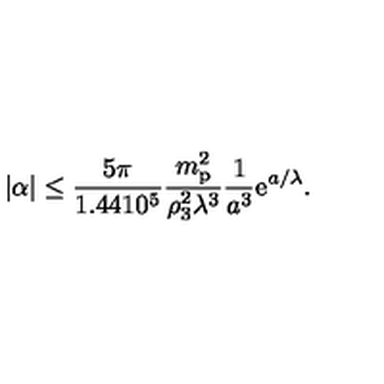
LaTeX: | \alpha | \le { \frac { 5 \pi } { 1 . 4 4 1 0 ^ { 5 } } } { \frac { m _ { \mathrm { p } } ^ { 2 } } { \rho _ { 3 } ^ { 2 } \lambda ^ { 3 } } } { \frac { 1 } { a ^ { 3 } } } \mathrm { e } ^ { a / \lambda } .